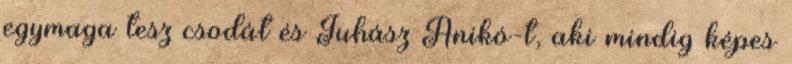
egymaga tesz csodát és Juhász Anikó-t, aki mindig képes